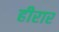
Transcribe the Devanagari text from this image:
हीरार